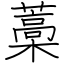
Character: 藁